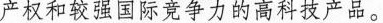
产权和较强国际竞争力的高科技产品。